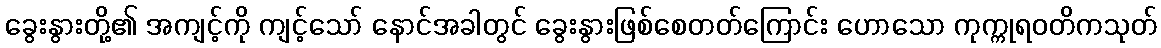
ခွေးနွားတို့၏ အကျင့်ကို ကျင့်သော် နောင်အခါတွင် ခွေးနွားဖြစ်စေတတ်ကြောင်း ဟောသော ကုက္ကုရဝတိကသုတ်